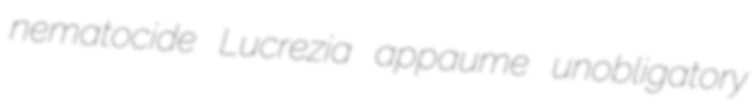
nematocide Lucrezia appaume unobligatory